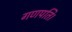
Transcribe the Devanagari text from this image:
गणपति।